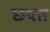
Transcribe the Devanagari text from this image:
छपत